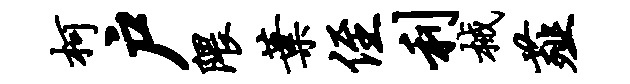
柯户隈叶侄利械薤